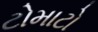
ટોમાટો